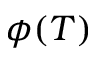
\phi ( T )